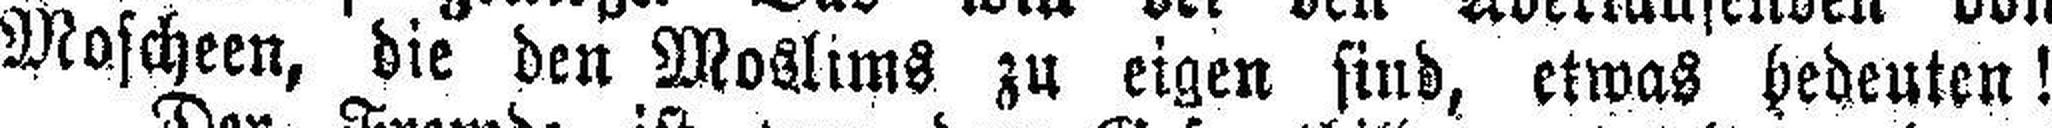
Moscheen, die den Moslims zu eigen sind, etwas bedeuten!